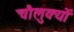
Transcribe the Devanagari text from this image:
चौलुक्यों